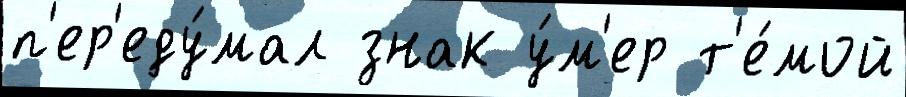
п'ер'еду́мал знак у́м'ер т'е́мой